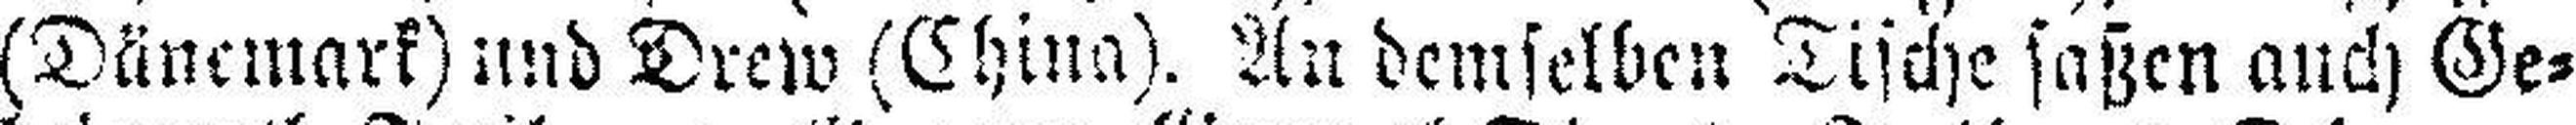
(Dänemark) und Drew (China). An demselben Tische saßen auch Ge¬